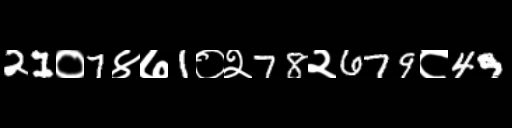
Text: 21०7४७1०२78२679८49